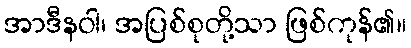
အာဒီနဝါ၊ အပြစ်စုတို့သာ ဖြစ်ကုန်၏။